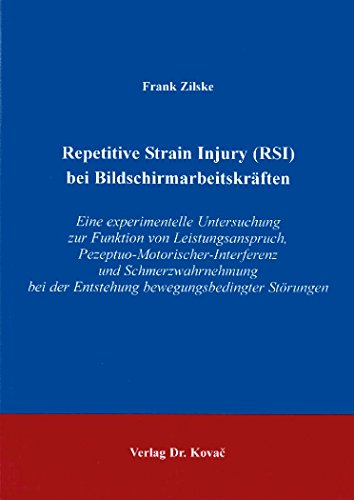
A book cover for Repetitive Strain Injury (RSI) bei BildschirmarbeitskrÃ¤ften . Eine experimentelle Untersuchung zur Funktion von Leistungsanspruch, ... der Entstehung bewegungsbedingter StÃ¶rungen; Frank Zilske; Health, Fitness & Dieting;